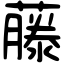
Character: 藤